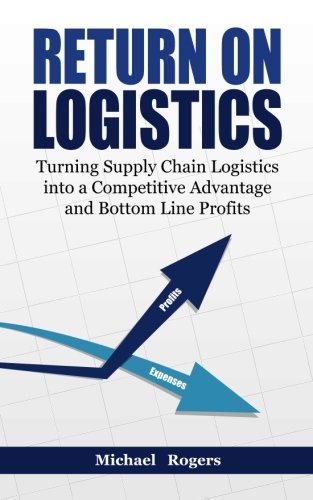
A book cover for Return on Logistics: Turning Supply Chain Logistics into a Competitive Advantage and Bottom Line Profits; Michael Rogers; Business & Money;